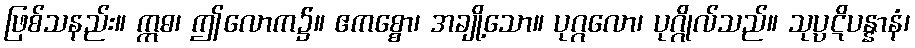
ဖြစ်သနည်း။ ဣဓ၊ ဤလောက၌။ ဧကစ္စော၊ အချို့သော။ ပုဂ္ဂလော၊ ပုဂ္ဂိုလ်သည်။ သုပ္ပဋိပန္နာနံ၊